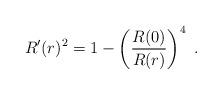
LaTeX: \begin{align*}R'(r)^2=1-\left( {R(0) \over R(r)} \right)^4 \ .\end{align*}